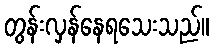
တွန်းလှန်နေရသေးသည်။